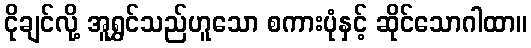
ငိုချင်လို့ အူရွှင်သည်ဟူသော စကားပုံနှင့် ဆိုင်သောဂါထာ။